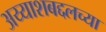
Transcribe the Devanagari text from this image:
अय्याशबद्दलच्या